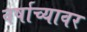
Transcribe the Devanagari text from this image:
वर्षाच्यावर